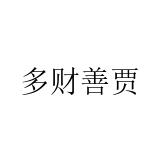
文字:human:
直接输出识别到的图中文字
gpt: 多财善贾